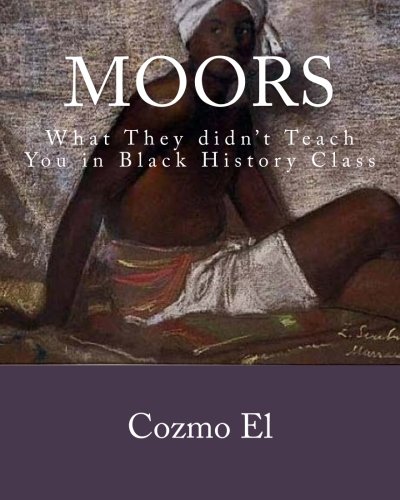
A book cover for Moor: What They didn't Teach You in Black History Class; Cozmo El; History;